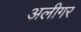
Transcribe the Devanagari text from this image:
अलीगर